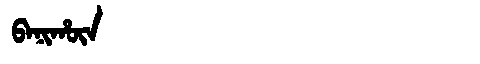
Manchu: ᠪᠠᠨᡳᡥᡡᠨ
Romanization: BANIHŪN